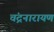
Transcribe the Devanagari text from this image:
चंद्रनारायण